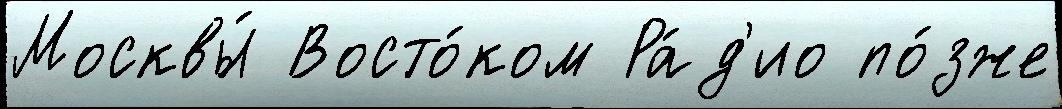
Москвы́ Восто́ком Ра́д'ио по́зже